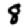
Digit: 8